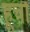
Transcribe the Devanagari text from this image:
हूचौ